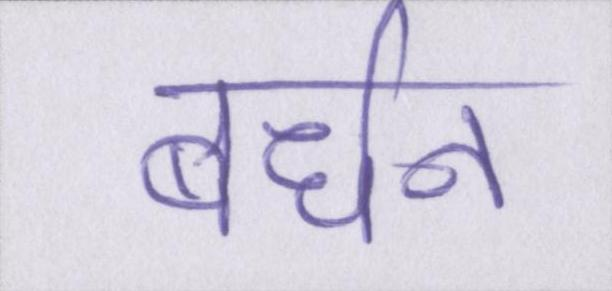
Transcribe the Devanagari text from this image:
बर्धन